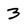
Character: 3